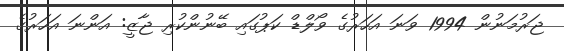
ޖަރުމަނުން 1994 ވަނަ އަހަރުގެ ވޯލްޑް ކަޕުގައި ބޭނުންކުރި ޖާޒީ: އަންނަ އަހަރުގެ